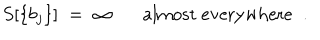
S [ \{ b _ { j } \} ] \; = \; \infty \mathrm { a l m o s t ~ e v e r y w h e r e } \; \; .